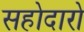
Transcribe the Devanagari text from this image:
सहोदारो